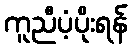
ကူညီပံ့ပိုးရန်